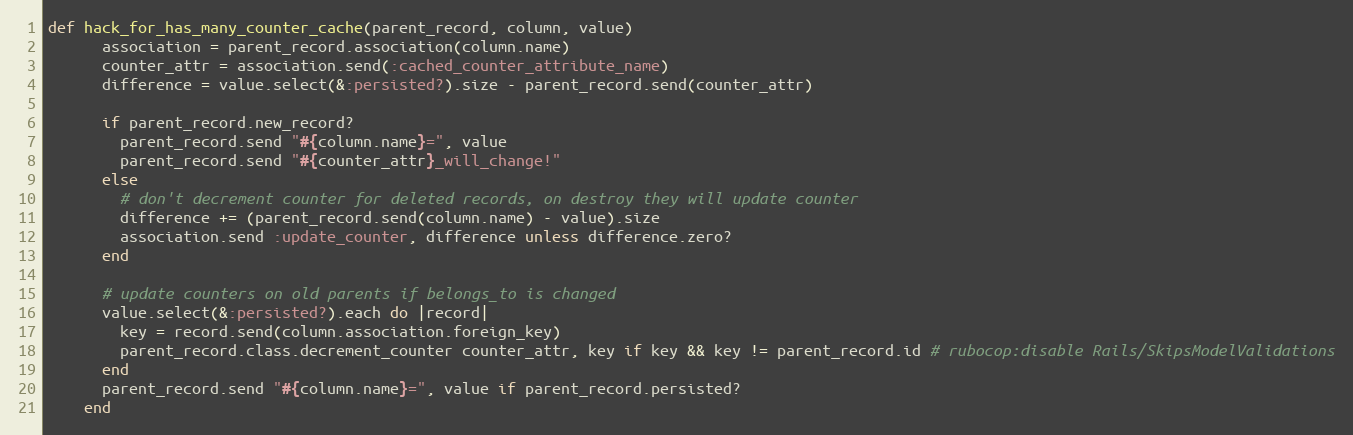
Language: Ruby
def hack_for_has_many_counter_cache(parent_record, column, value)
      association = parent_record.association(column.name)
      counter_attr = association.send(:cached_counter_attribute_name)
      difference = value.select(&:persisted?).size - parent_record.send(counter_attr)

      if parent_record.new_record?
        parent_record.send "#{column.name}=", value
        parent_record.send "#{counter_attr}_will_change!"
      else
        # don't decrement counter for deleted records, on destroy they will update counter
        difference += (parent_record.send(column.name) - value).size
        association.send :update_counter, difference unless difference.zero?
      end

      # update counters on old parents if belongs_to is changed
      value.select(&:persisted?).each do |record|
        key = record.send(column.association.foreign_key)
        parent_record.class.decrement_counter counter_attr, key if key && key != parent_record.id # rubocop:disable Rails/SkipsModelValidations
      end
      parent_record.send "#{column.name}=", value if parent_record.persisted?
    end